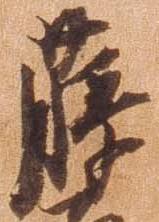
藤